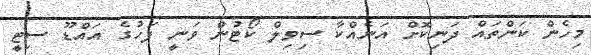
މިހެން ކަންތައް ދަނިކޮށް އަނެއްކާ ސިވިލް ކޯޓުން ވަނީ ފަހުގެ އައްޑޫ ސިޓީ